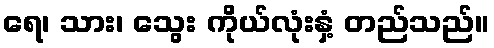
ရေ၊ သား၊ သွေး ကိုယ်လုံးနှံ့ တည်သည်။